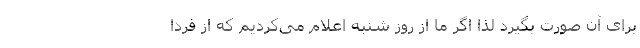
برای آن صورت بگیرد لذا اگر ما از روز شنبه اعلام می‌کردیم که از فردا